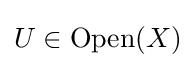
U\in {\text{Open}}(X)